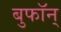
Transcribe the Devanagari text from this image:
बुफॉन्